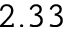
2 . 3 3